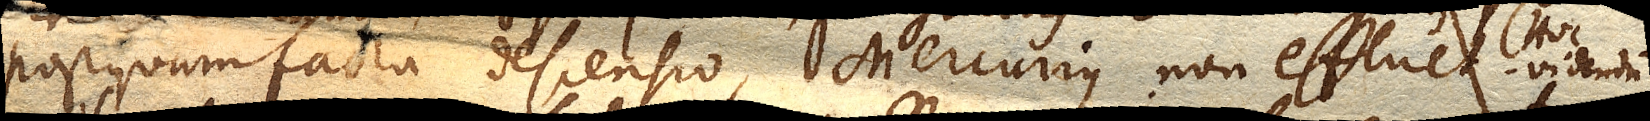
postquam facta descensio, Mercurius non effluet. (Hoc videndum.)